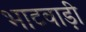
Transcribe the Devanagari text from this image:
भाटवाड़ी